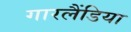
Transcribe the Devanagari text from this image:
गारलैंडिया